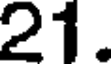
21.